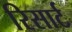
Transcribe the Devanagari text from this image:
रिसार्ट